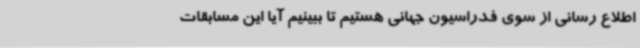
اطلاع رسانی از سوی فدراسیون جهانی هستیم تا ببینیم آیا این مسابقات